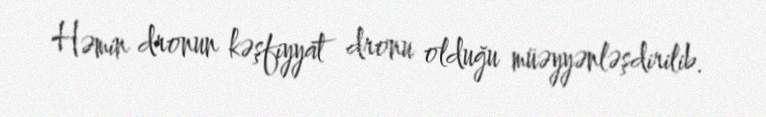
Həmin dronun kəşfiyyat dronu olduğu müəyyənləşdirilib.